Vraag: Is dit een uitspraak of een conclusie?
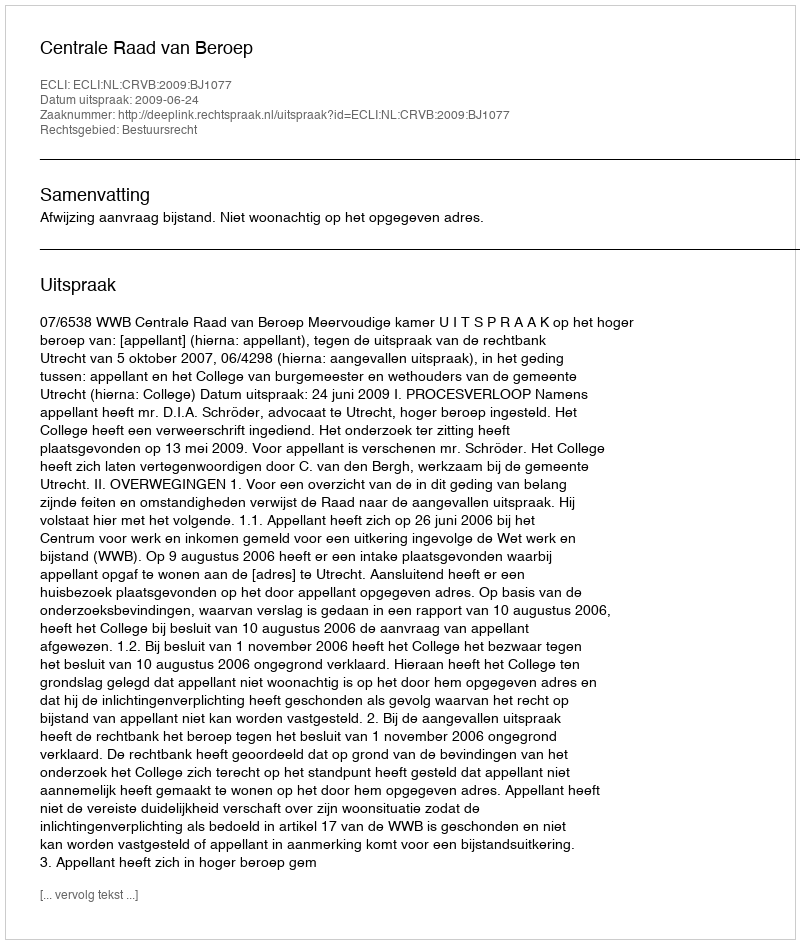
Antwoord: Uitspraak